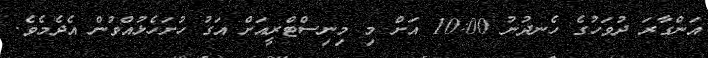
އަންގާރަ ދުވަހުގެ ހެނދުނު 10:00 އަށް މި މިނިސްޓްރީއަށް އަގު ހުށަހެޅުއްވުން އެދެމެވެ.